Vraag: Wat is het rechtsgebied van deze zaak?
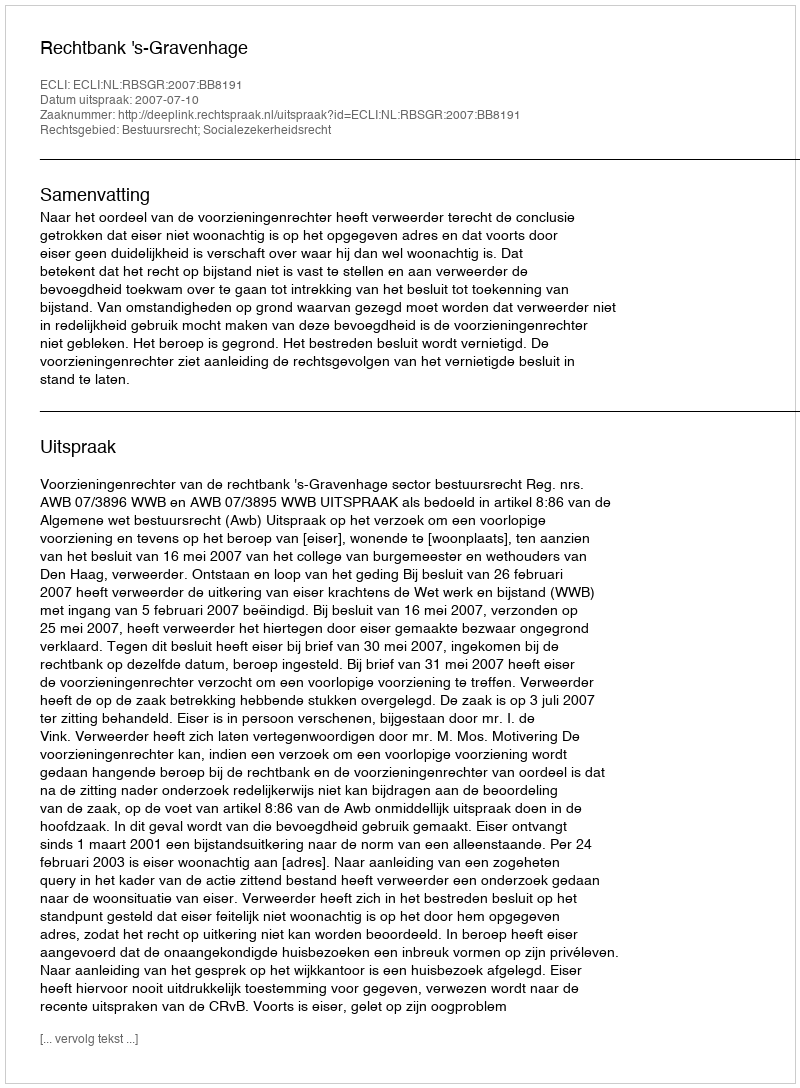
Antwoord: Bestuursrecht; Socialezekerheidsrecht